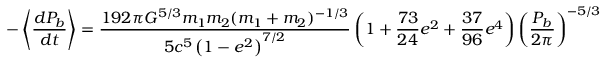
- \left\langle { \frac { d P _ { b } } { d t } } \right\rangle = { \frac { 1 9 2 \pi G ^ { 5 / 3 } m _ { 1 } m _ { 2 } ( m _ { 1 } + m _ { 2 } ) ^ { - 1 / 3 } } { 5 c ^ { 5 } \left( 1 - e ^ { 2 } \right) ^ { 7 / 2 } } } \left( 1 + { \frac { 7 3 } { 2 4 } } e ^ { 2 } + { \frac { 3 7 } { 9 6 } } e ^ { 4 } \right) \left( { \frac { P _ { b } } { 2 \pi } } \right) ^ { - { 5 / 3 } }